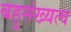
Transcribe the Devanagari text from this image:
बहुसंख्यत्व